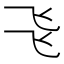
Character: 𠃧